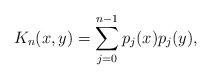
LaTeX: \begin{align*}K_n(x,y)=\sum_{j=0}^{n-1}p_j(x)p_j(y),\end{align*}